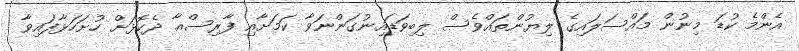
އެންމެ ކުޑަ މިނުން މައްސަލައިގެ ލިޔުންތައްވެސް ލިބިވަޑައިނުގަންނަވާ ކަމަށާއި ފާރިސްއާ ދެކޮޅަށް ހުށަހަޅާފައިވާ